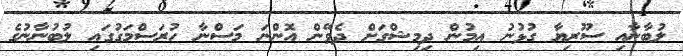
ލުބާނާއި ސޫރިޔާ ގުޅުނު އިމުން ދިމިޝްގަށް ދެވޭން އޮންނަ މަސްނާ ހުރަސްމަގުގައި ލުބުނާނުގެ